NAE_ERA_R-1950_Eesti_Ajakirjanike_Liit, lk 88
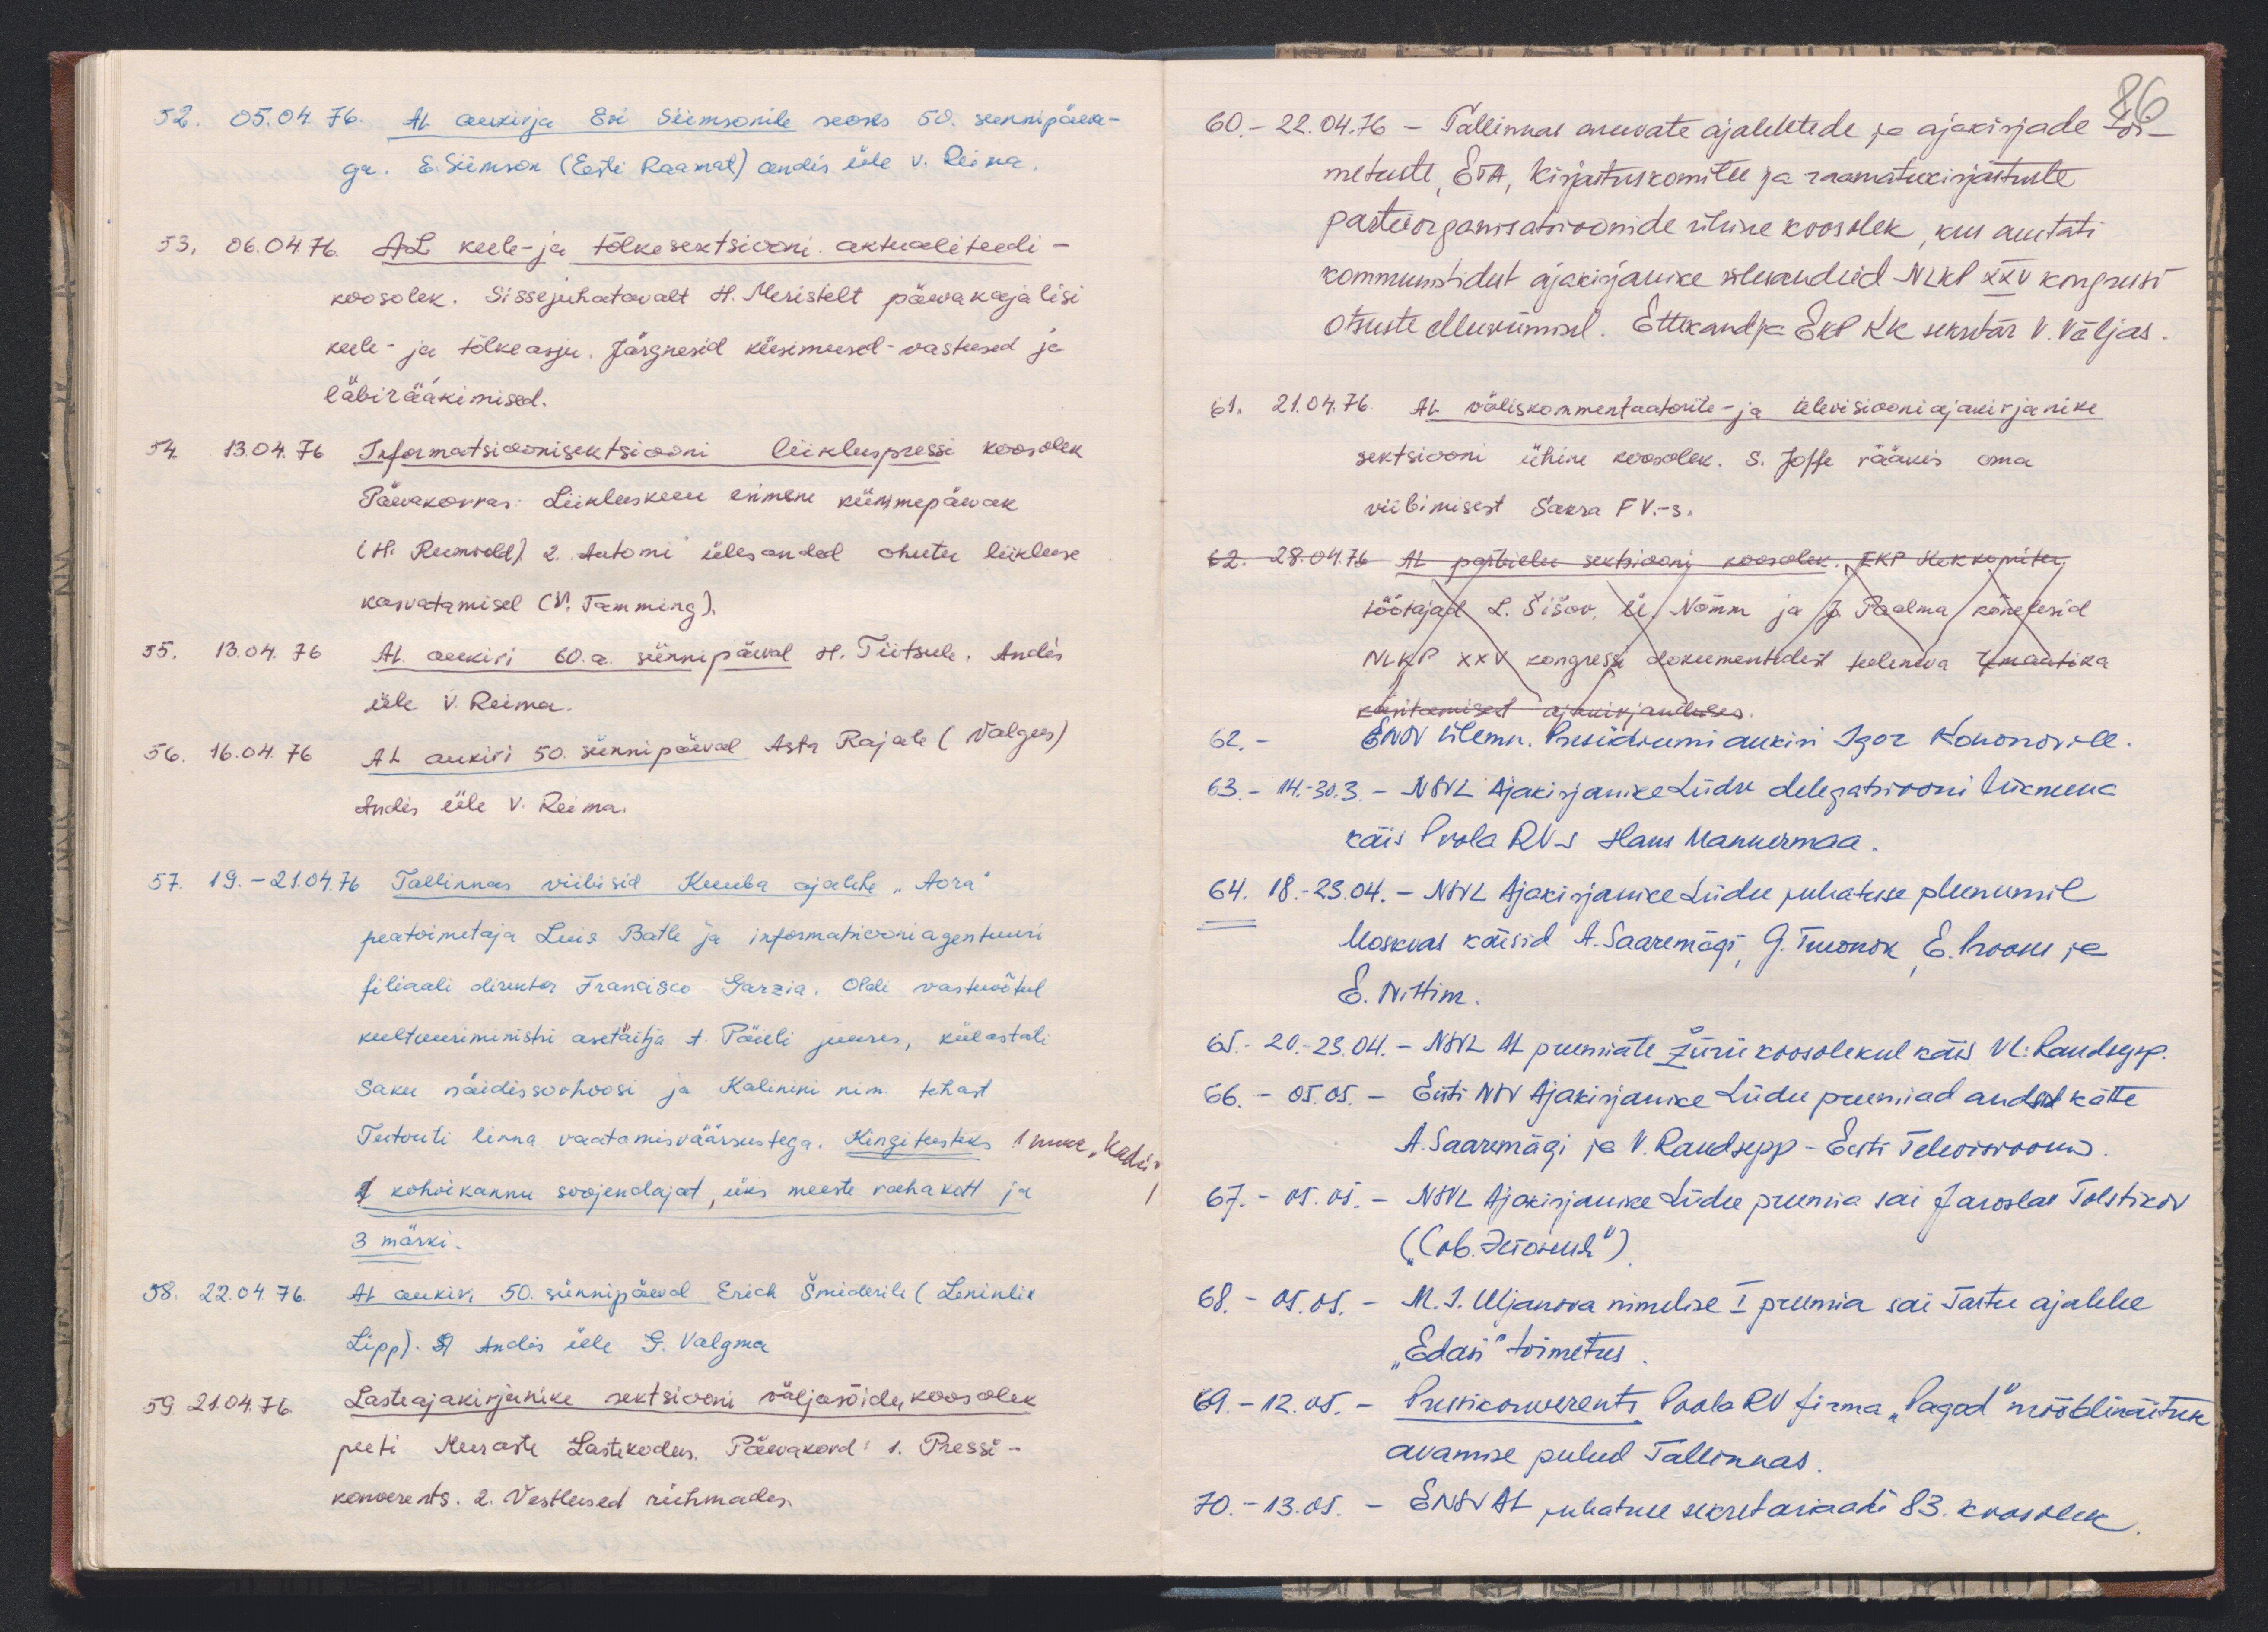
52. 05.04.76. AL aukirja Evi Siimsonile seaks 50. sünnipäeva-
ga. E. Siimson (Eesti Raamat) andis üle V. Reima.
53. 06.04.76. AL keele- ja tõlkesektsiooni aktualiteedi-
koosolek. Sissejuhatavalt H. Meristelt päevakajalisi
keele- ja tõlkeasju. Järgnesid küsimused-vastused ja
läbirääkimised.
54. 13.04.76 Informatsioonisektsiooni liikluspressi koosolek
Päevakorras: Liikluskuu esimene kümmepäevak.
(H. Reemvold) 2. Automi ülesanded ohutu liikluse
kasvatamisel (V. Tamming).
55. 13.04.76 AL aukiri 60. a. sünnipäeval H. Tiitsule. Andis
üle V. Reima.
56. 16.04.76 AL aukiri 50. sünnipäeval Asta Rajale (Valgus)
Andis üle V. Reima.
57. 19.-21.04.76 Tallinnas viibisid Kuuba ajalehe "Aora"
peatoimetaja Luis Batle ja informatsiooni agentuuri
filiaali direktor Francisco Garzia. Oldi vastuvõtul
kultuuriministri asetäitja A. Päieli juures, külastati
Saku näidissovhoosi ja Kalinini nim. tehast
Tutvuti linna vaatamisväärsustega. Kingitusteks 1 nukk" Kadri"
1 kohvikannu soojendajat, üks meeste rahakott ja
3 märki.
58. 22.04.76. AL aukiri 50. sünnipäeval Erich Šmiderile (Leninlik
Lipp). A. Andis üle G. Valgma
59. 21.04.76 Lasteajakirjanike sektsiooni väljasõidu koosolek
peeti Meeraste Lastekodus. Päevakord: 1. Pressi-
konverents. 2. Vestlused rühmades

60. - 22.04.76 - Tallinnas asuvate ajalelehtede ja ajakirjade toi-
86
metuste, ETA, kirjastuskomitee ja raamatukirjastuste
parteiorganisatsioonide ühine koosolek, kus arutati
kommunistidest ajakirjanike ülesandeid NLKP XXV kongressi
otsuste elluviimisel. Ettekandja EKP KK sekretär V. Väljas
61. 21.04.76. AL väliskommentaatorite- ja televisiooniajakirjanike
sektsiooni ühine koosolek. S. Joffe rääkis oma
viibimisest Saksa FV.-s.
62. 28.04.76 AL parteielu sektsiooni koosolek. EKP Keskkomitee
töötajad L. Šišov, Ü. Nõmm ja J. Paalma kõnelesid
NLKP XXV kongressi dokumentidest tuleneva temaatika
käsitamisest ajakirjanduses.
62. - ENSV Ülemn. Presiidiumi aukiri Igor Kononovile
63. - 14.30.3. - NSVL Ajakirjanike Liidu delegatsiooni liikmena
käis Poola RVs Hans Mannermaa.
64. 18.-23.04. - NSVL Ajakirjanike Liidu juhatuse pleenumil
Moskvas käisid A. Saaremägi, G. Turonok, E. Proom ja
E. Nittim.
65. 20.23.04. - NSVL AL preemiate žürii koosolekul käis VL: Raudsepp.
66. - 05.05. - Eesti NSV Ajakirjanike Liidu preemiad andsid kätte
A. Saaremägi ja V. Raudsepp - Eesti Televisioonis
67. - 05.05. - NSVL Ajakirjanike Liidu preemia sai Jaroslav Tolstikov
(ов. делолемя")
68. - 05.05. - M. J. Uljanova nimelise I preemia sai Tartu ajalehe
"Edasi" toimetus
69. - 12.05. - Pressikonverents Poola RV firma "Pagod" mööblinäituse
avamise puhul Tallinnas.
70. - 13.05. - ENSV AL juhatuse sekretariaadi 83. koosolek